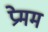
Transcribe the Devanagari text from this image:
प्रेमम